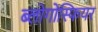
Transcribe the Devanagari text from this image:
ब्लोगोस्फियर